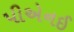
પીએનઈ